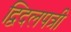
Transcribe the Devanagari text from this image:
द्विदलपत्री